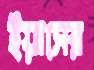
ইয়াসের